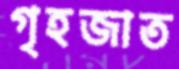
গৃহজাত